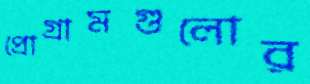
প্রোগ্রামগুলোর